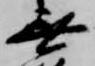
無